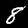
Digit: 8